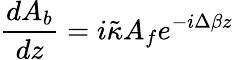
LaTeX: \frac{dA_{b}}{dz}=i{\tilde{\kappa}}A_{f}e^{-i\Delta\beta z}